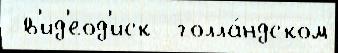
 в'ид'еод'иск  голла́ндском